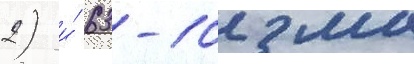
2) и́ 63-102 мм